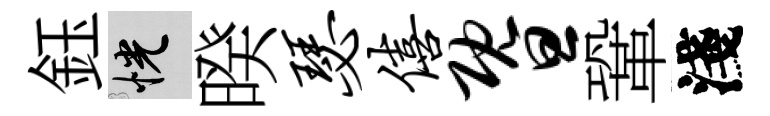
鈺恍暌瑟僖暨鞏淺